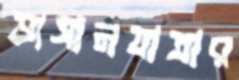
ভাসানযাত্রার